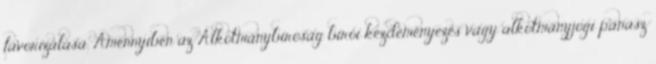
favorizálása. Amennyiben az Alkotmánybíróság bírói kezdeményezés vagy alkotmányjogi panasz